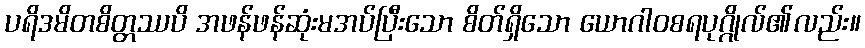
ပရိဒမိတစိတ္တဿပိ အဖန်ဖန်ဆုံးမအပ်ပြီးသော စိတ်ရှိသော ယောဂါဝစရပုဂ္ဂိုလ်၏လည်း။